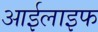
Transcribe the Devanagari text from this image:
आईलाइफ